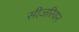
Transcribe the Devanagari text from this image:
सीज़रियन